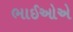
ભાઈઓએ